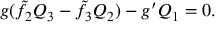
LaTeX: g ( \tilde { f } _ { 2 } Q _ { 3 } - \tilde { f } _ { 3 } Q _ { 2 } ) - g ^ { \prime } Q _ { 1 } = 0 .